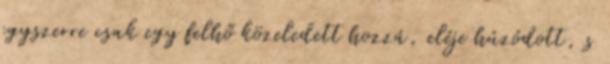
egyszerre csak egy felhő közeledett hozzá, eléje húzódott, s